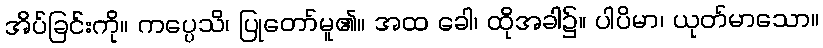
အိပ်ခြင်းကို။ ကပ္ပေသိ၊ ပြုတော်မူ၏။ အထ ခေါ၊ ထိုအခါ၌။ ပါပိမာ၊ ယုတ်မာသော။